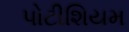
પોટીશિયમ